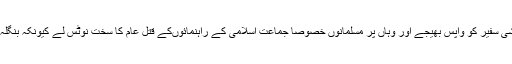
حکومت پاکستان دوٹوک موقف اختیار کرتے ہوئے ترکی کی طرح پاکستان سے بھی بنگلہ دیشی سفیر کو واپس بھیجے اور وہاں پر مسلمانوں خصوصاً جماعت اسلامی کے راہنمائوںکے قتل عام کا سخت نوٹس لے کیونکہ بنگلہ دیشی حکومت پاکستان اور اسلام دشمن قوتوں کے ہاتھوں کٹھپتلی کیطرح استعمال ہورہی ہے۔